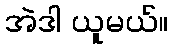
အဲဒါ ယူမယ်။